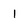
Character: 1